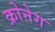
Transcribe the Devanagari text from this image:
क्रोनेग